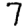
Digit: 7